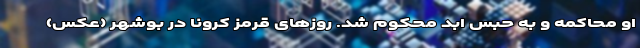
او محاکمه و به حبس ابد محکوم شد. روزهای قرمز کرونا در بوشهر (عکس)